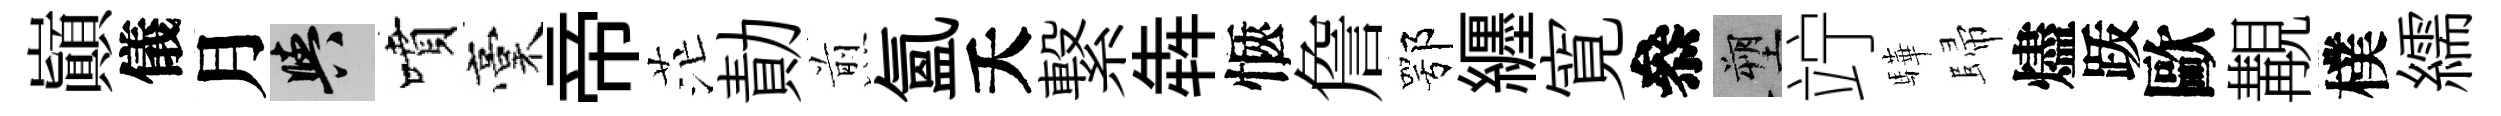
巔儀月阳噴稾帝茫勣煎氳夭繋犇愜詹鄂纒寛叅塑竚驊歸燼䟦歐覯樸繻